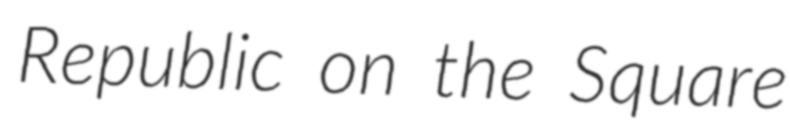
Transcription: Republic on the Square